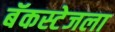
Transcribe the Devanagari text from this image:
बॅकस्टेजला